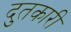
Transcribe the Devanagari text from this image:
दुतकारी